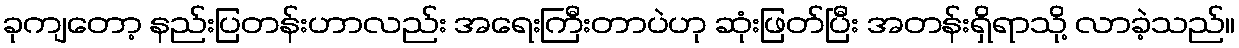
ခုကျတော့ နည်းပြတန်းဟာလည်း အရေးကြီးတာပဲဟု ဆုံးဖြတ်ပြီး အတန်းရှိရာသို့ လာခဲ့သည်။